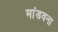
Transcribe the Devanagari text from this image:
मांडवना